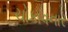
ચોકાવનાર